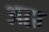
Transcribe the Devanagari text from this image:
अद्वा